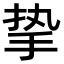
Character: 挚